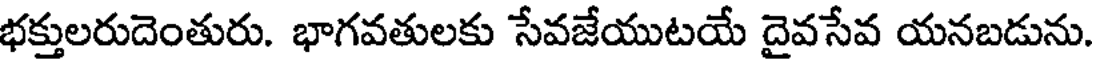
భక్తులరుదెంతురు. భాగవతులకు సేవజేయుటయే దైవసేవ యనబడును